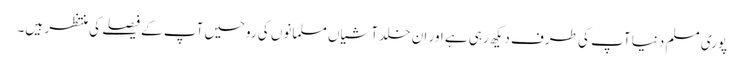
پوری مسلم دنیا آپ کی طرف دیکھ رہی ہے اور ان خلد آشیاں مسلمانوں کی روحیں آپ کے فیصلے کی منتظر ہیں۔